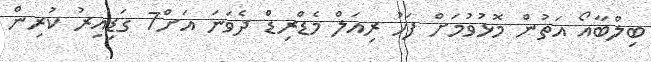
ބިލްބާއޯ އަތުން މޮޅުވުމަށް ފަހު ރިއަލް މެޑްރިޑް ދެވަނަ އަށް7 ގަޑިއިރު ކުރިން